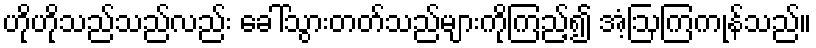
ဟိုဟိုသည်သည်လည်း ခေါ်သွားတတ်သည်များကိုကြည့်၍ အံ့ဩကြကုန်သည်။